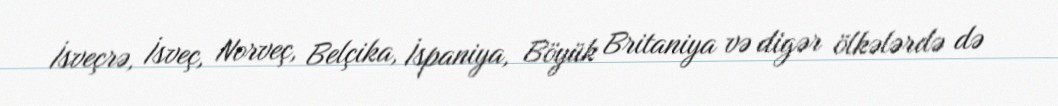
İsveçrə, İsveç, Norveç, Belçika, İspaniya, Böyük Britaniya və digər ölkələrdə də